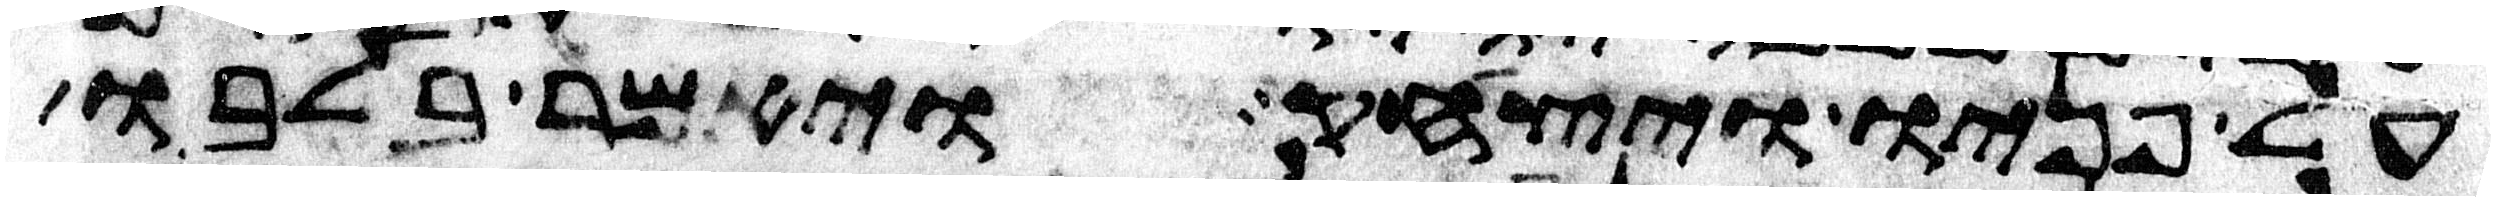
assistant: על פניו ויצחק ויאמר בלבו